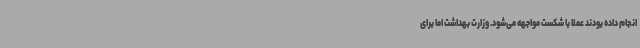
انجام داده بودند عملا با شکست مواجهه می‌شود. وزارت بهداشت اما برای